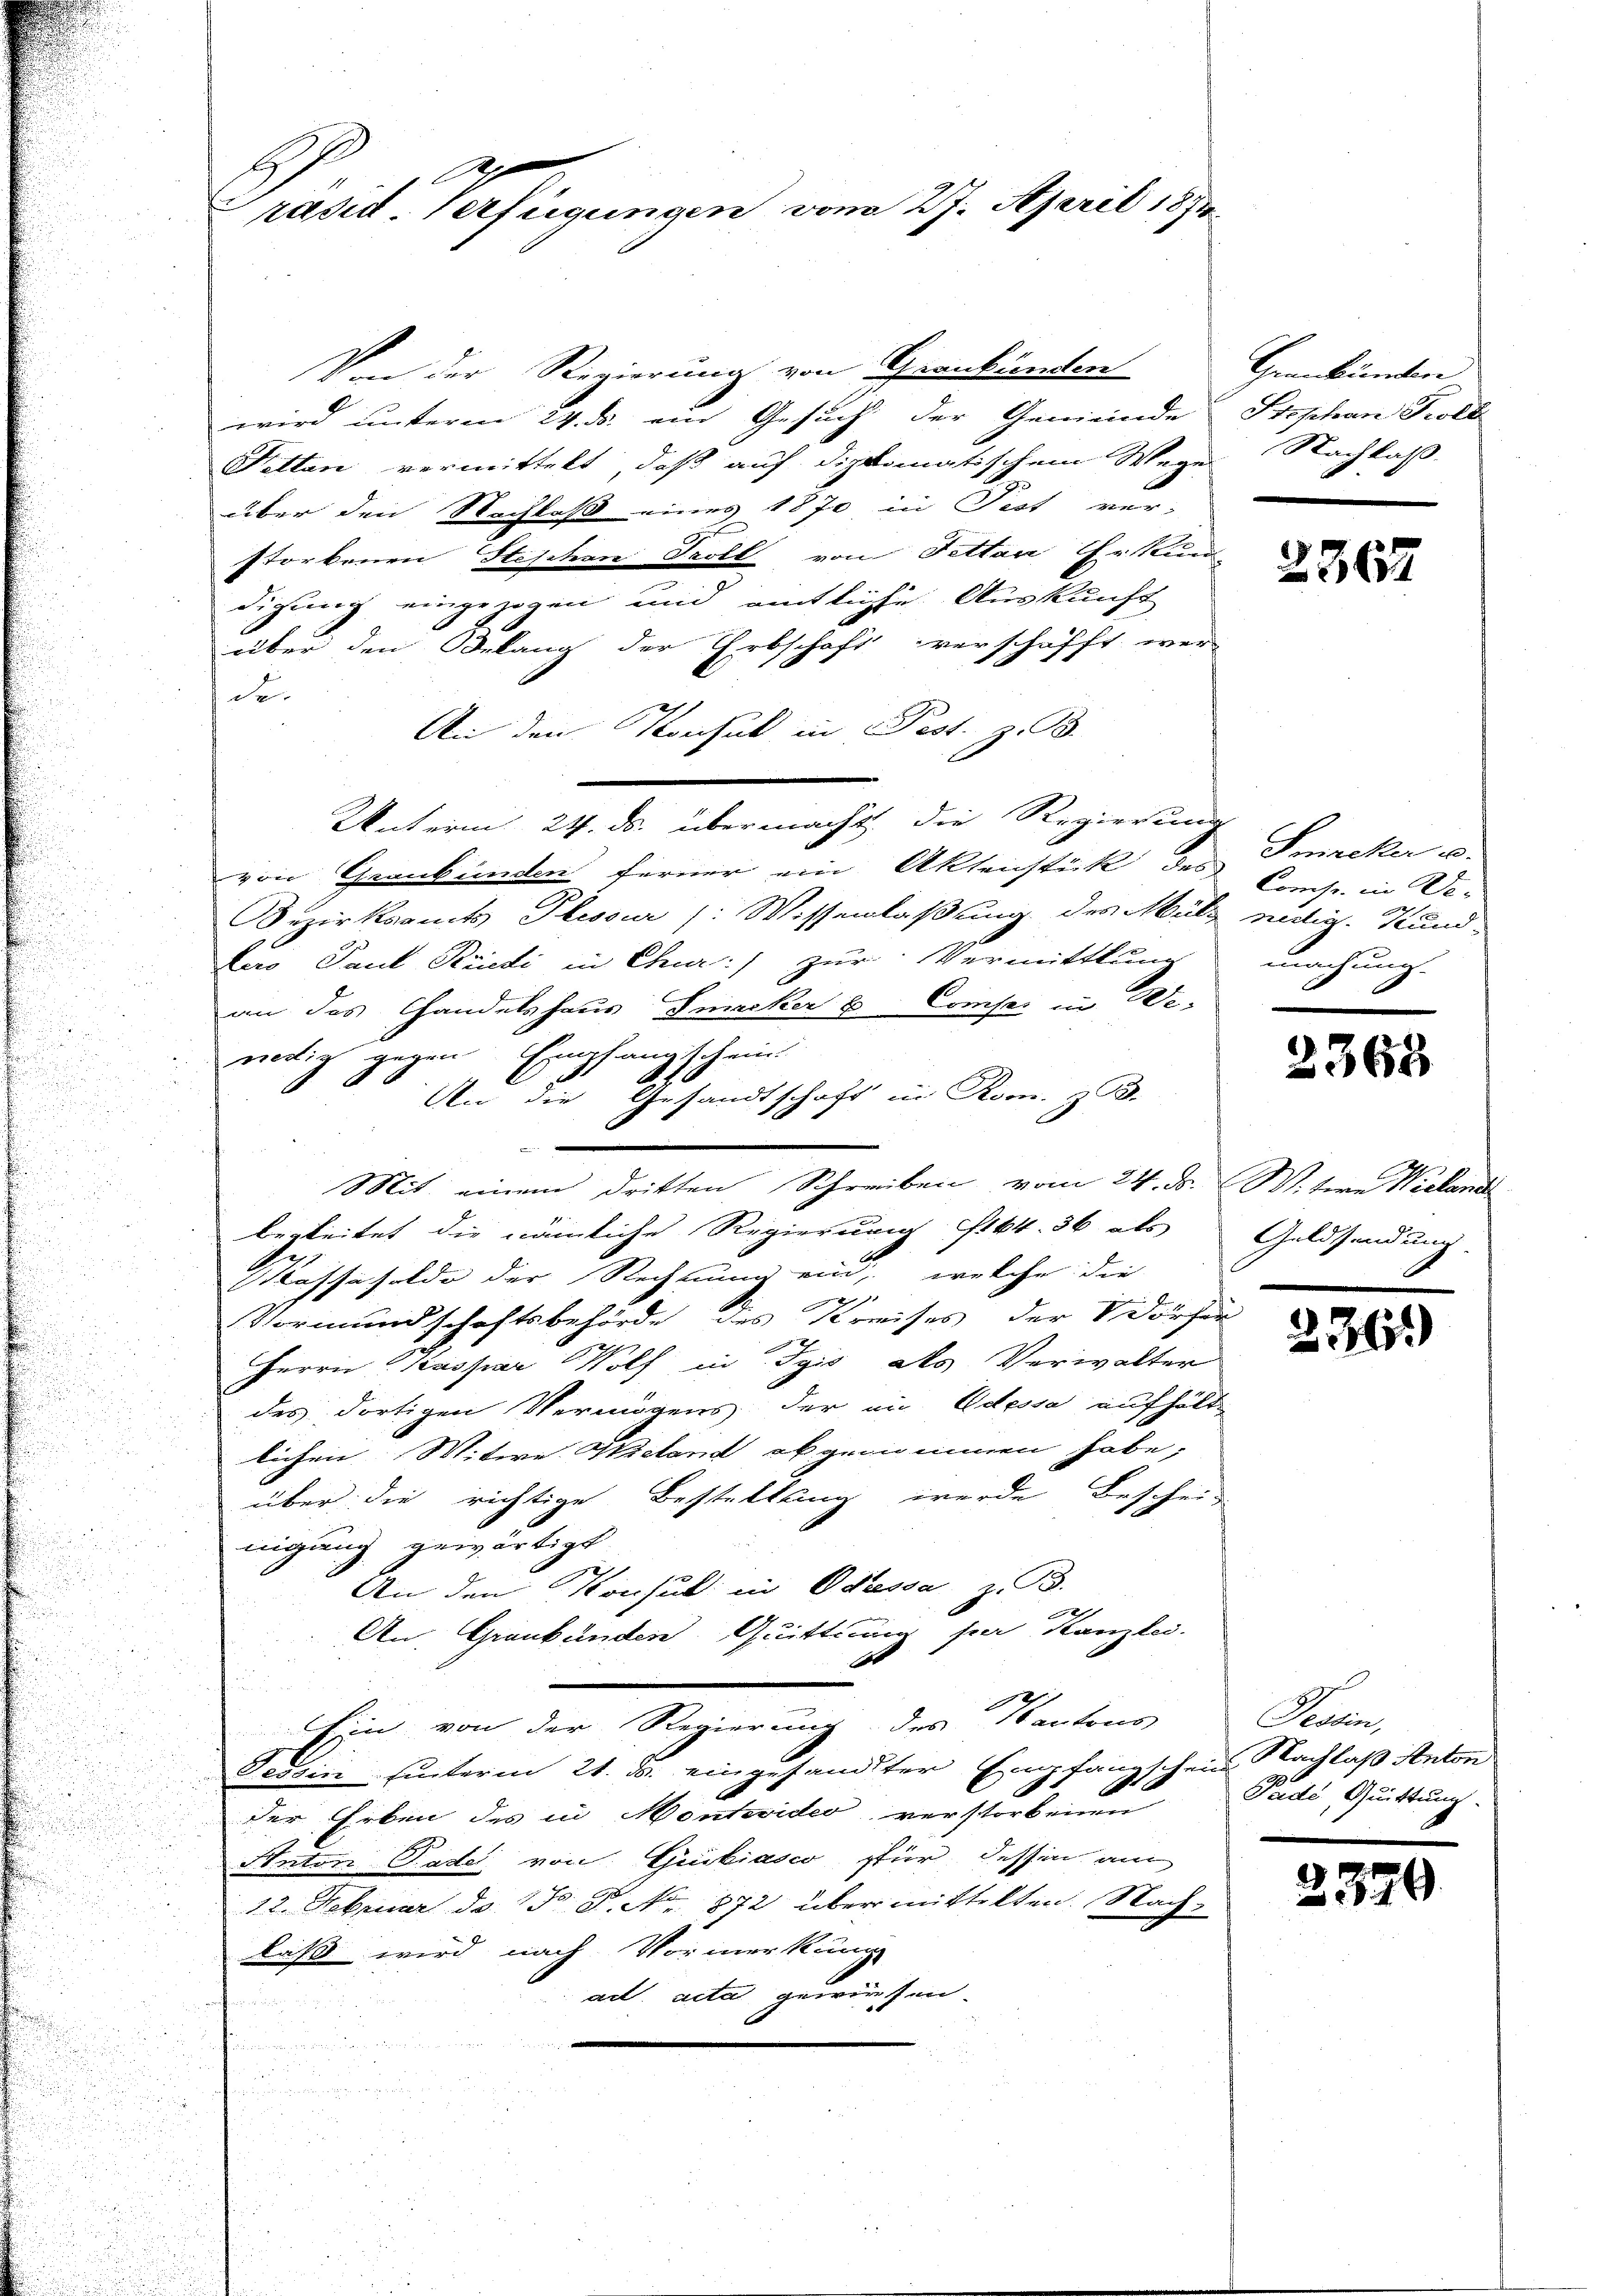
2
r
räsid. Verfügungen vom 27. April 1891

Von der Regierung von Grankunden
wird unterm 24. ds. ein Gesuch der Gemeinde Stephan Koll
Fetten vermittelt, daß auf diplomatischem Wege
über den Nachlaß eines 1870 in Pest ver-
storbenen Stischen Troll von Fettan Erkund
digung eingezogen und amtliche Auskunft
über den Belang der Erbschaft verschafft wer
de¬
An den Konsul in Pest. z. B.
Unterm 24. ds. übermacht, die Regierung
von Graubünden ferner ein Aktenstück des Konst in Ver
Sezirksamts Plessur /: Wissenlaßung des Milz nötig. Kund-
Dero Paul Rindi in Chur:/ zur Vermittlung
an des Handelshaus Suacker u. Comps in Wewärtig gegen Empfangschein
An die Gesandtschaft in Korn z. B.
M. einen halten Schreiben von der Schen Meilen
begleitet die nämliche Regierung (164. 36 als
Kassafelde der Rechnung ein, welche die
Vormundschaftsbehörde des Kreises der Vorfer
Herrn Kaspar Wolf in Tyis als Verwalter
des dortigen Vermögens der an Edessa aufhält-
lichen Witwe Mieland abgenommen habe,
über die richtige Bestellung werde Bescheinigung gewärtigt
An den Konsul in Odessa, z. B.
An Graubünden Quittung per Kanzlei.
bot
Ain von der Regierung des Kantons
Tessin hinterm 21. d. eingesandter Empfangschein Nachlaß Anton
der Erben des in Montevideo verstorbenen
Anton Tadel von Guibiasco für dessen am
12. Februar d. 15 P. No. 872 übermittelten. Nachlass wird nach Vormerkung
act acta gewirten.
n

Grmkundere
Nachlaß.

2362

Smacker u.
machung.

2365

Geldsendung.

236.

Kann
Padé, Quittung.

2379